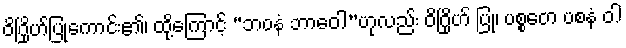
ဝိဂြိုဟ်ပြုကောင်း၏၊ ထို့ကြောင့် “ဘဝနံ ဘာဝေါ”ဟုလည်း ဝိဂြိုဟ် ပြု၊ ပစ္စတေ ပစနံ ဝါ